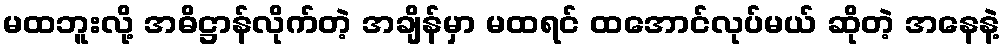
မထဘူးလို့ အဓိဋ္ဌာန်လိုက်တဲ့ အချိန်မှာ မထရင် ထအောင်လုပ်မယ် ဆိုတဲ့ အနေနဲ့